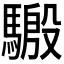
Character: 𱄬